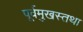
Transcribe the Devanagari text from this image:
पूर्वमुखस्तथा